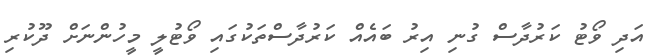
އަދި ވޯޓު ކަރުދާސް ގުނި އިރު ބައެއް ކަރުދާސްތަކުގައި ވޯޓުލީ މީހުންނަށް ދޫކުރި